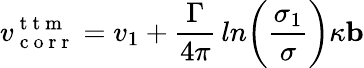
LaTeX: v_{\mathrm{~c~o~r~r~}}^{\mathrm{~t~t~m~}}=v_{1}+\frac{\Gamma}{4\pi}\, ln\bigg(\frac{\sigma_{1}}{\sigma}\bigg)\kappa\mathbf{b}